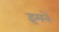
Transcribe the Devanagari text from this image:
इमनें